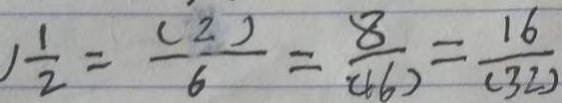
\frac { 1 } { 2 } = \frac { ( 2 ) } { 6 } = \frac { 8 } { ( 1 6 ) } = \frac { 1 6 } { ( 3 2 ) }